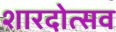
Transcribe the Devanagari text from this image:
शारदोत्सव